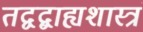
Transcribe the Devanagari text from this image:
तद्वद्बाह्यशास्त्रं